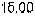
15.00